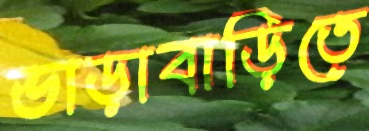
ভাড়াবাড়িতে